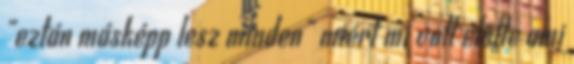
"eztán másképp lesz minden" miért mi volt előtte ami